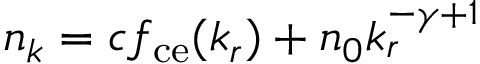
n _ { k } = c f _ { \mathrm { c e } } ( k _ { r } ) + n _ { 0 } k _ { r } ^ { - \gamma + 1 }